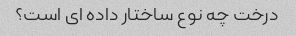
درخت چه نوع ساختار داده ای است؟